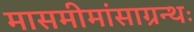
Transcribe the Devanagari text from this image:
मासमीमांसाग्रन्थः